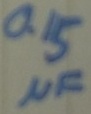
Text: 0.15µF